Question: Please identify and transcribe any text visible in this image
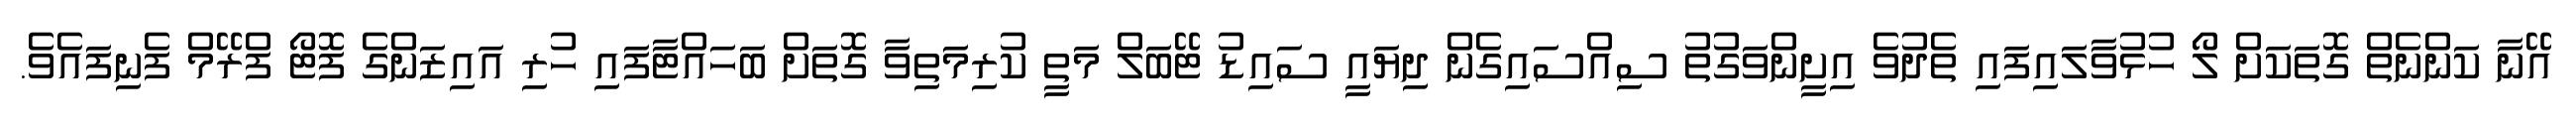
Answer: އޭނާ ކަންނެތް ގޮތަކަށް ލޯ ހުޅުވާލައިފައި ތެދުވެ އިށީންވަގުތު ސިއްސައިގެން ދިޔައީ ސައިޑު ޓޭބަލް މަތީ ކުރިމަތިވާ ގޮތަށް ބަހައްޓާފައި ހުރި އައިޒަންގެ ފޮޓޯ ފްރޭމް ފެނިފައެވެ.